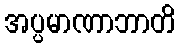
အပ္ပမာဏာဘာတိ